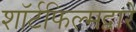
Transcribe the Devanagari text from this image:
शॉर्टफिल्मद्वारे